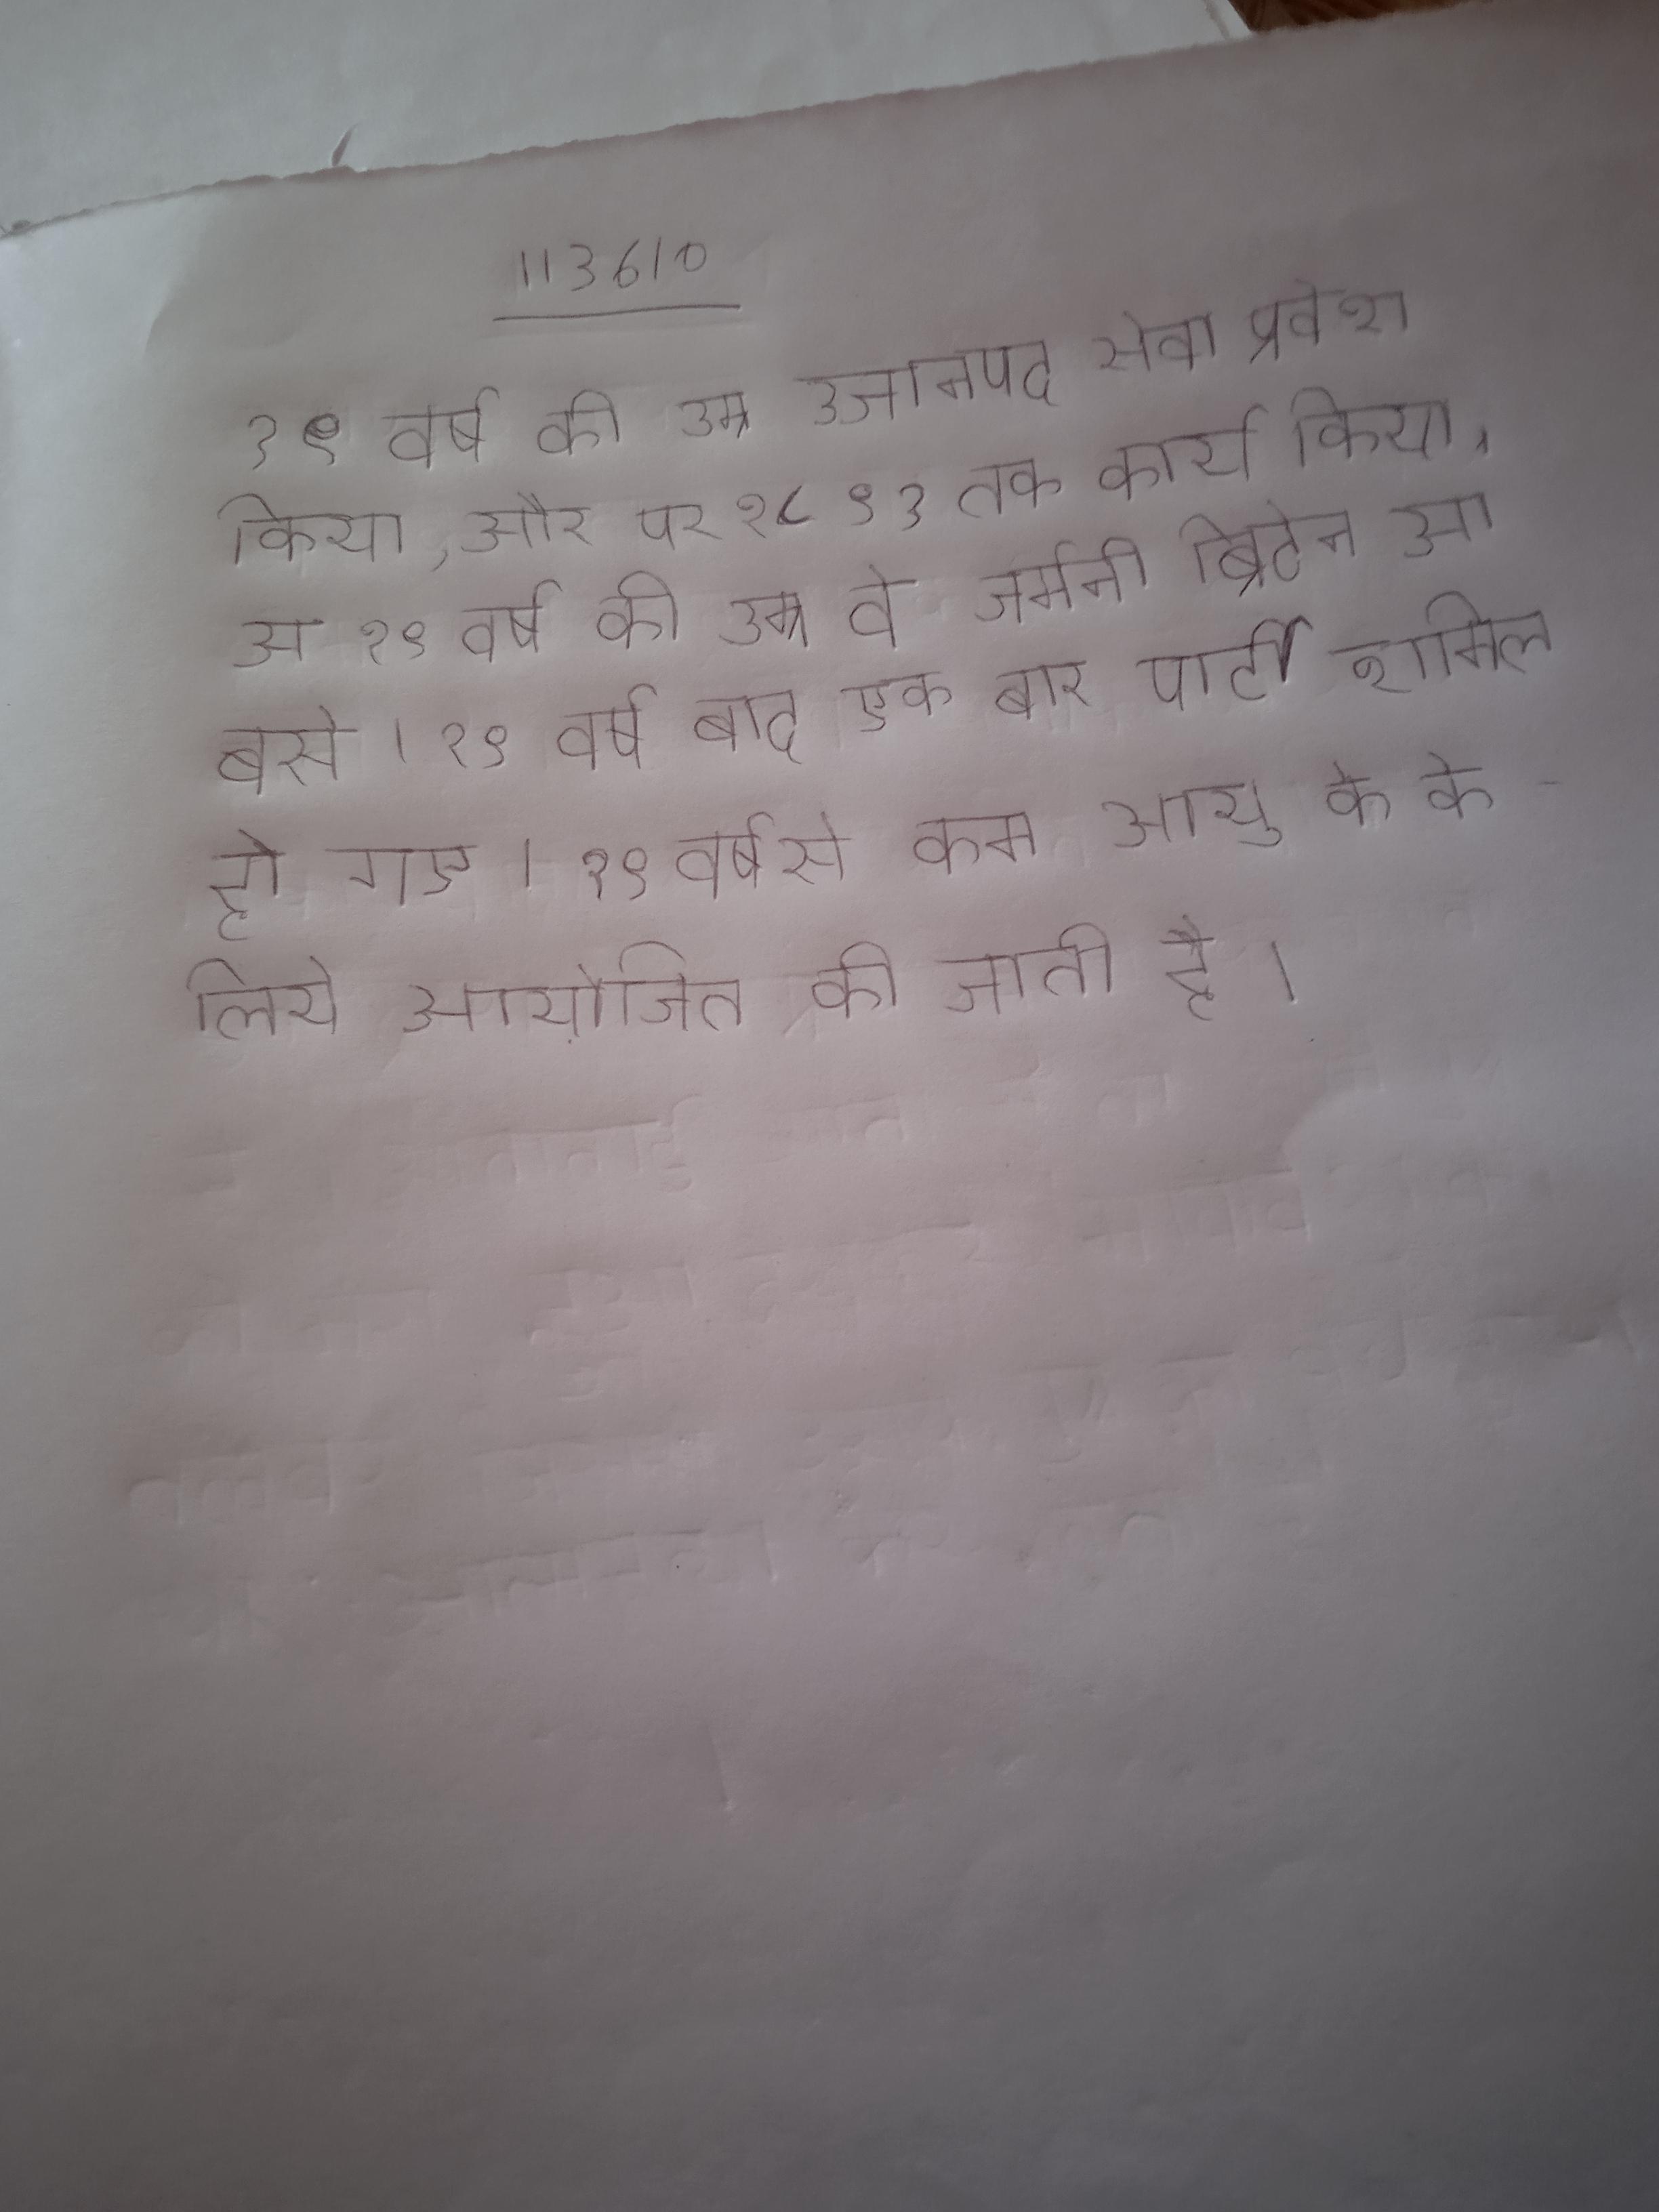
१९ वर्ष की उम्र जानपद सेवा प्रवेश किया, और पर १८९१ तक कार्य किया । १९ वर्ष की उम्र वे जर्मनी ब्रिटेन आ बसे । १९ वर्ष बाद एक बार पार्टी शामिल हो गए । १९ वर्ष से कम आयु के के लिये आयोजित की जाती है ।